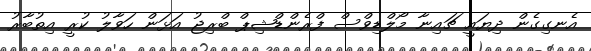
އެނގިގެން ދިޔައީ ޗައިނާ މޯލްޑިވްސް ފްރެންޑްޝިޕް ބްރިޖު އަޅަން ހަވާލު ކުރީ އިތުބާރު